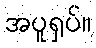
အပူရှပ်။